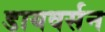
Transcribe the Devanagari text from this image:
डायवर्सन